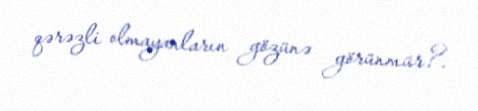
qərəzli olmayanların gözünə görünmür?.